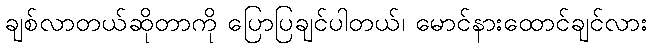
ချစ်လာတယ်ဆိုတာကို ပြောပြချင်ပါတယ်၊ မောင်နားထောင်ချင်လား